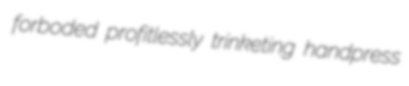
forboded profitlessly trinketing handpress